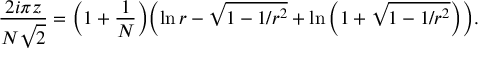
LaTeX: { \frac { 2 i \pi z } { N \sqrt { 2 } } } = \Bigl ( 1 + { \frac { 1 } { N } } \Bigr ) \Bigl ( \ln r - \sqrt { 1 - 1 / r ^ { 2 } } + \ln \left( 1 + \sqrt { 1 - 1 / r ^ { 2 } } \right) \Bigr ) .